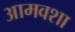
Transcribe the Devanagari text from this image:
आमवशा